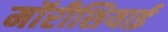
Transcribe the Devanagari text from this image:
मॉरीशियाई